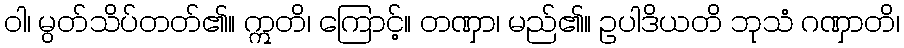
ဝါ၊ မွတ်သိပ်တတ်၏။ ဣတိ၊ ကြောင့်။ တဏှာ၊ မည်၏။ ဥပါဒိယတိ ဘုသံ ဂဏှာတိ၊